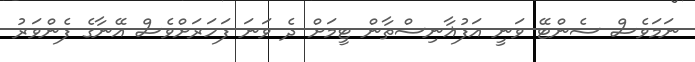
ނަމަވެސް ސެންޓޭ ވަނީ އަފުޣާނިސްތާން ޓީމަށް ދެ ވަނަ ފަހަރަށްވެސް އޭނާގެ ފެންވަރު